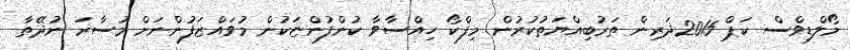
މޯލްޑިވްސް ކަޕް 2015ދަރިން ތަރުބިއްޔަތުކުރުން މިފްކޯ ހިއްސާވާ ކުންފުންޏަކުން މުވައްޒަފުންނަށް މުސާރަ ނުދޭތާ